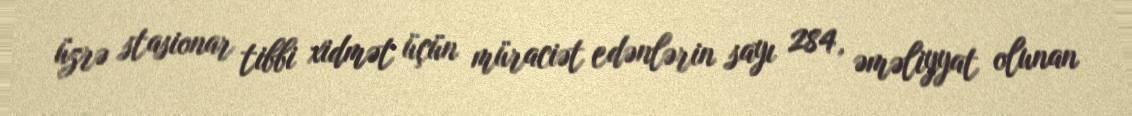
üzrə stasionar tibbi xidmət üçün müraciət edənlərin sayı 284, əməliyyat olunan